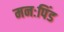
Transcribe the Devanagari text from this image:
मनःपिंड